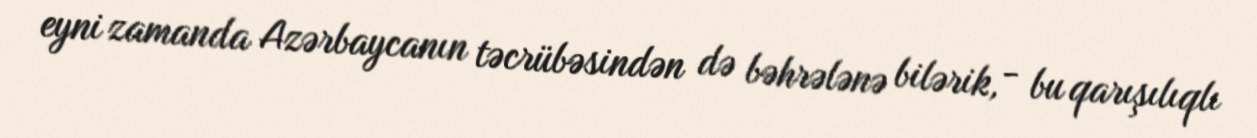
eyni zamanda Azərbaycanın təcrübəsindən də bəhrələnə bilərik, - bu qarışılıqlı